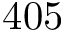
4 0 5